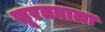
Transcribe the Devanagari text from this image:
सूरतवाला